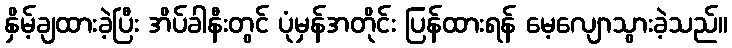
နှိမ့်ချထားခဲ့ပြီး အိပ်ခါနီးတွင် ပုံမှန်အတိုင်း ပြန်ထားရန် မေ့လျောသွားခဲ့သည်။